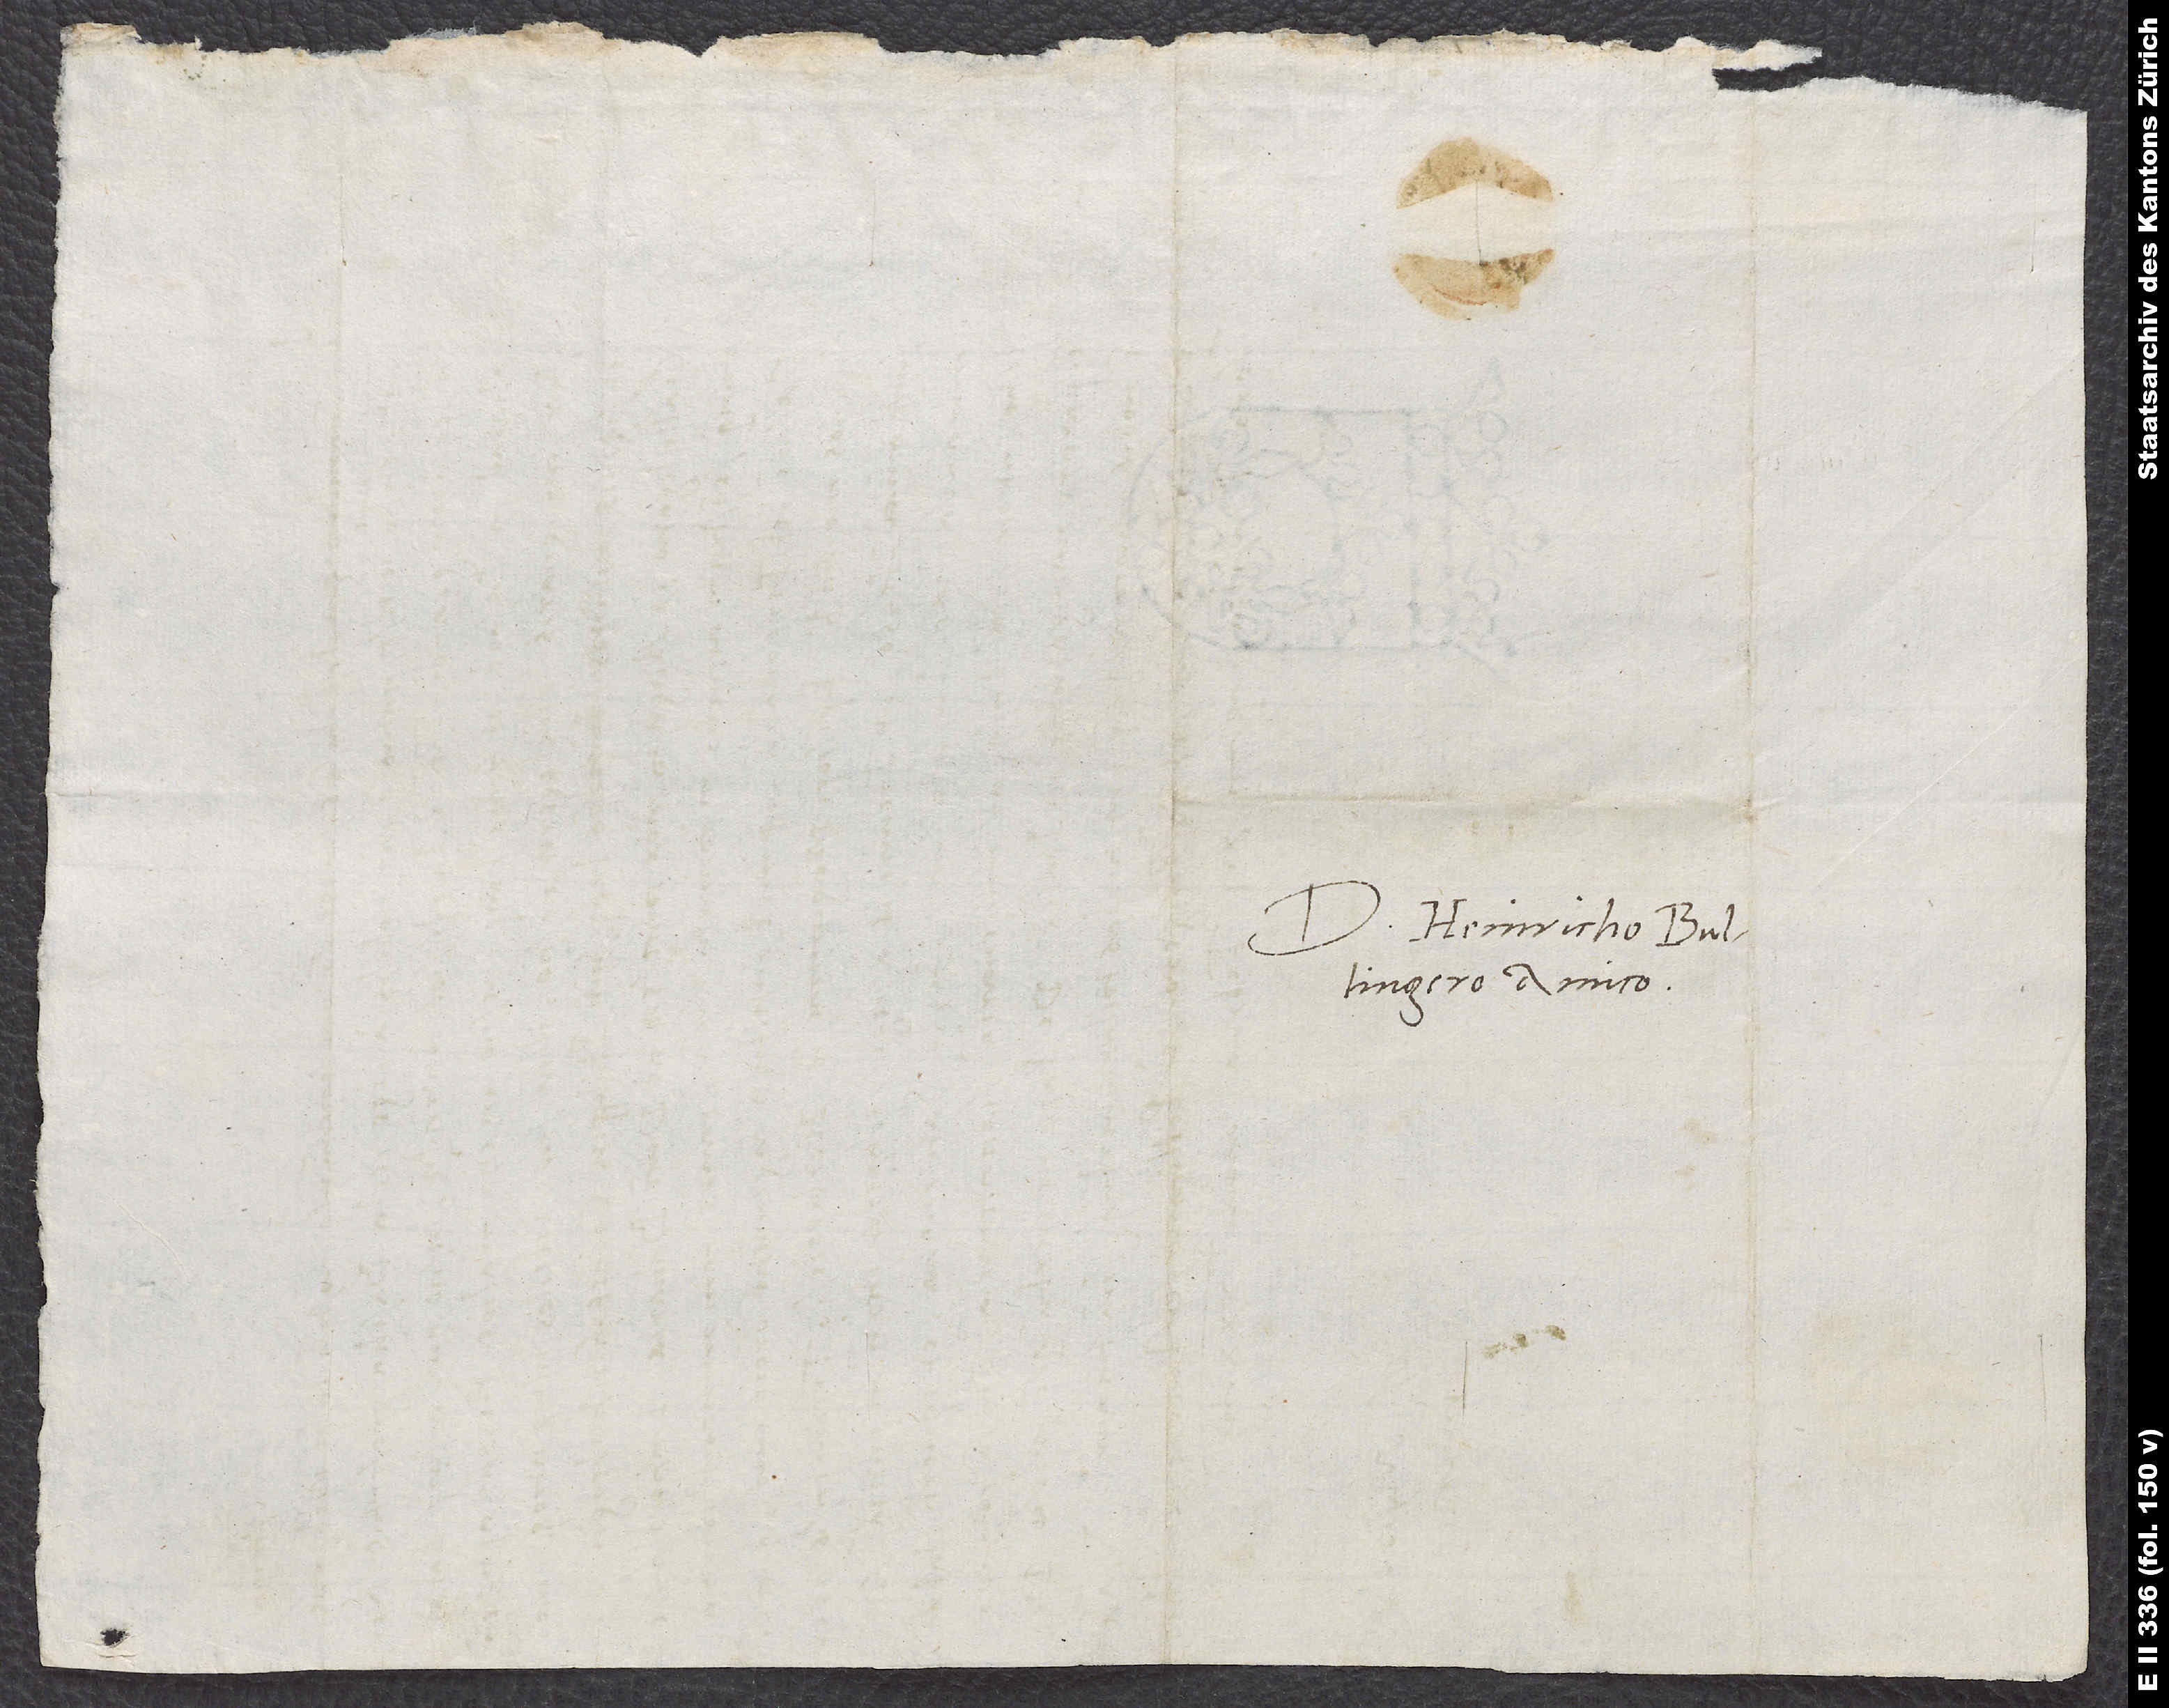
Domino Heinricho
Bullingero amico.